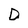
Character: D